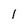
Character: l